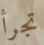
تجرأ